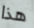
هذا